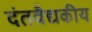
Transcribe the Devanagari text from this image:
दंतवैद्यकीय